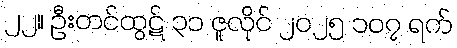
၂၂။ ဦးတင်ထွဋ် ၃၁ ဇူလိုင် ၂၀၂၅ ၁၀၇ ရက်